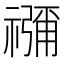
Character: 𮂖